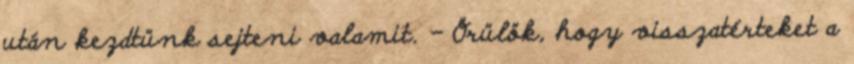
után kezdtünk sejteni valamit. - Örülök, hogy visszatérteket a